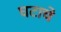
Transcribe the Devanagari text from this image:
घटाचे